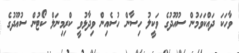
ވާހަަކަ ދައްކަވަމުން ސުއޫދުގެ ވަކީލު ހިސާން ހުސެއިން ވިދާޅުވީ ކްރިމިނަލް ކޯޓުން ސުއޫދުގެ